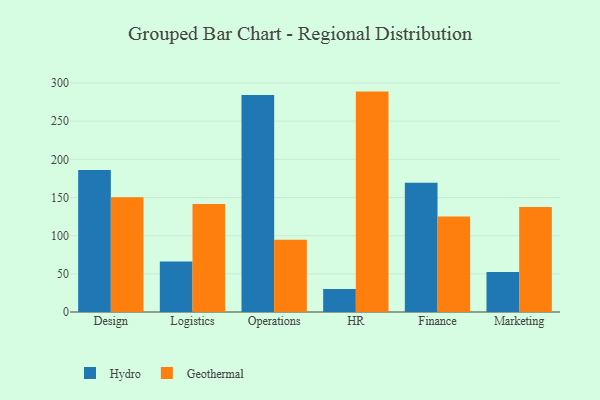
{"axis": {"x": "Department", "y": "Inventory Turnover"}, "legend": ["Geothermal", "Hydro"], "data": [{"x": "Design", "y": 186.1, "type": "Hydro"}, {"x": "Design", "y": 150.4, "type": "Geothermal"}, {"x": "Logistics", "y": 66.1, "type": "Hydro"}, {"x": "Logistics", "y": 141.5, "type": "Geothermal"}, {"x": "Operations", "y": 284.2, "type": "Hydro"}, {"x": "Operations", "y": 94.6, "type": "Geothermal"}, {"x": "HR", "y": 30.0, "type": "Hydro"}, {"x": "HR", "y": 288.7, "type": "Geothermal"}, {"x": "Finance", "y": 169.4, "type": "Hydro"}, {"x": "Finance", "y": 125.0, "type": "Geothermal"}, {"x": "Marketing", "y": 52.4, "type": "Hydro"}, {"x": "Marketing", "y": 137.7, "type": "Geothermal"}]}